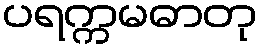
ပရက္ကမဓာတု